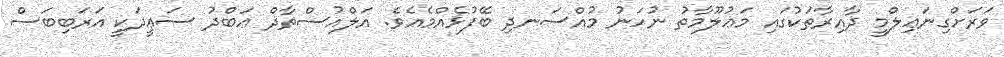
ވަރަށްގިނަޢިލްމީ ދާއިރާތަކުގައި މަޢުލޫމާތު ނުހަނު މުއްސަނދި ބޭފުޅެއްމެއެވެ. އަލްއުސްތާޛް ޢަބްދު ސަޢީދަކީ އަރަބިބަސް